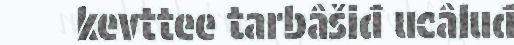
kevttee tarbâšiđ ucâluđ